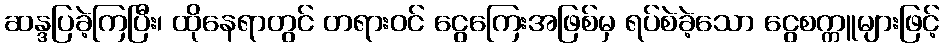
ဆန္ဒပြခဲ့ကြပြီး၊ ထိုနေရာတွင် တရားဝင် ငွေကြေးအဖြစ်မှ ရပ်စဲခဲ့သော ငွေစက္ကူများဖြင့်